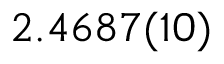
2 . 4 6 8 7 ( 1 0 )